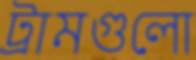
ট্রামগুলো